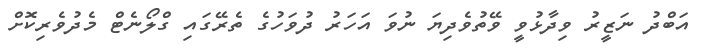
އަބްދު ނަޒީރު ވިދާޅުވީ ވޭތުވެދިޔަ ނުވަ އަހަރު ދުވަހުގެ ތެރޭގައި ގްލޯނެޓް މެދުވެރިކޮށް